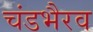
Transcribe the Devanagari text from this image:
चंडभैरव